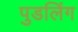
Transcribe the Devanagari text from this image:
पुडलिंग